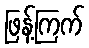
ဖြန့်ကြက်